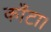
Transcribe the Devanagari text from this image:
काँटा।